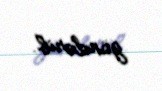
göndərib.